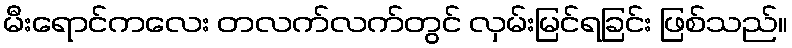
မီးရောင်ကလေး တလက်လက်တွင် လှမ်းမြင်ရခြင်း ဖြစ်သည်။